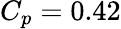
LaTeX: C_{p}=0.42